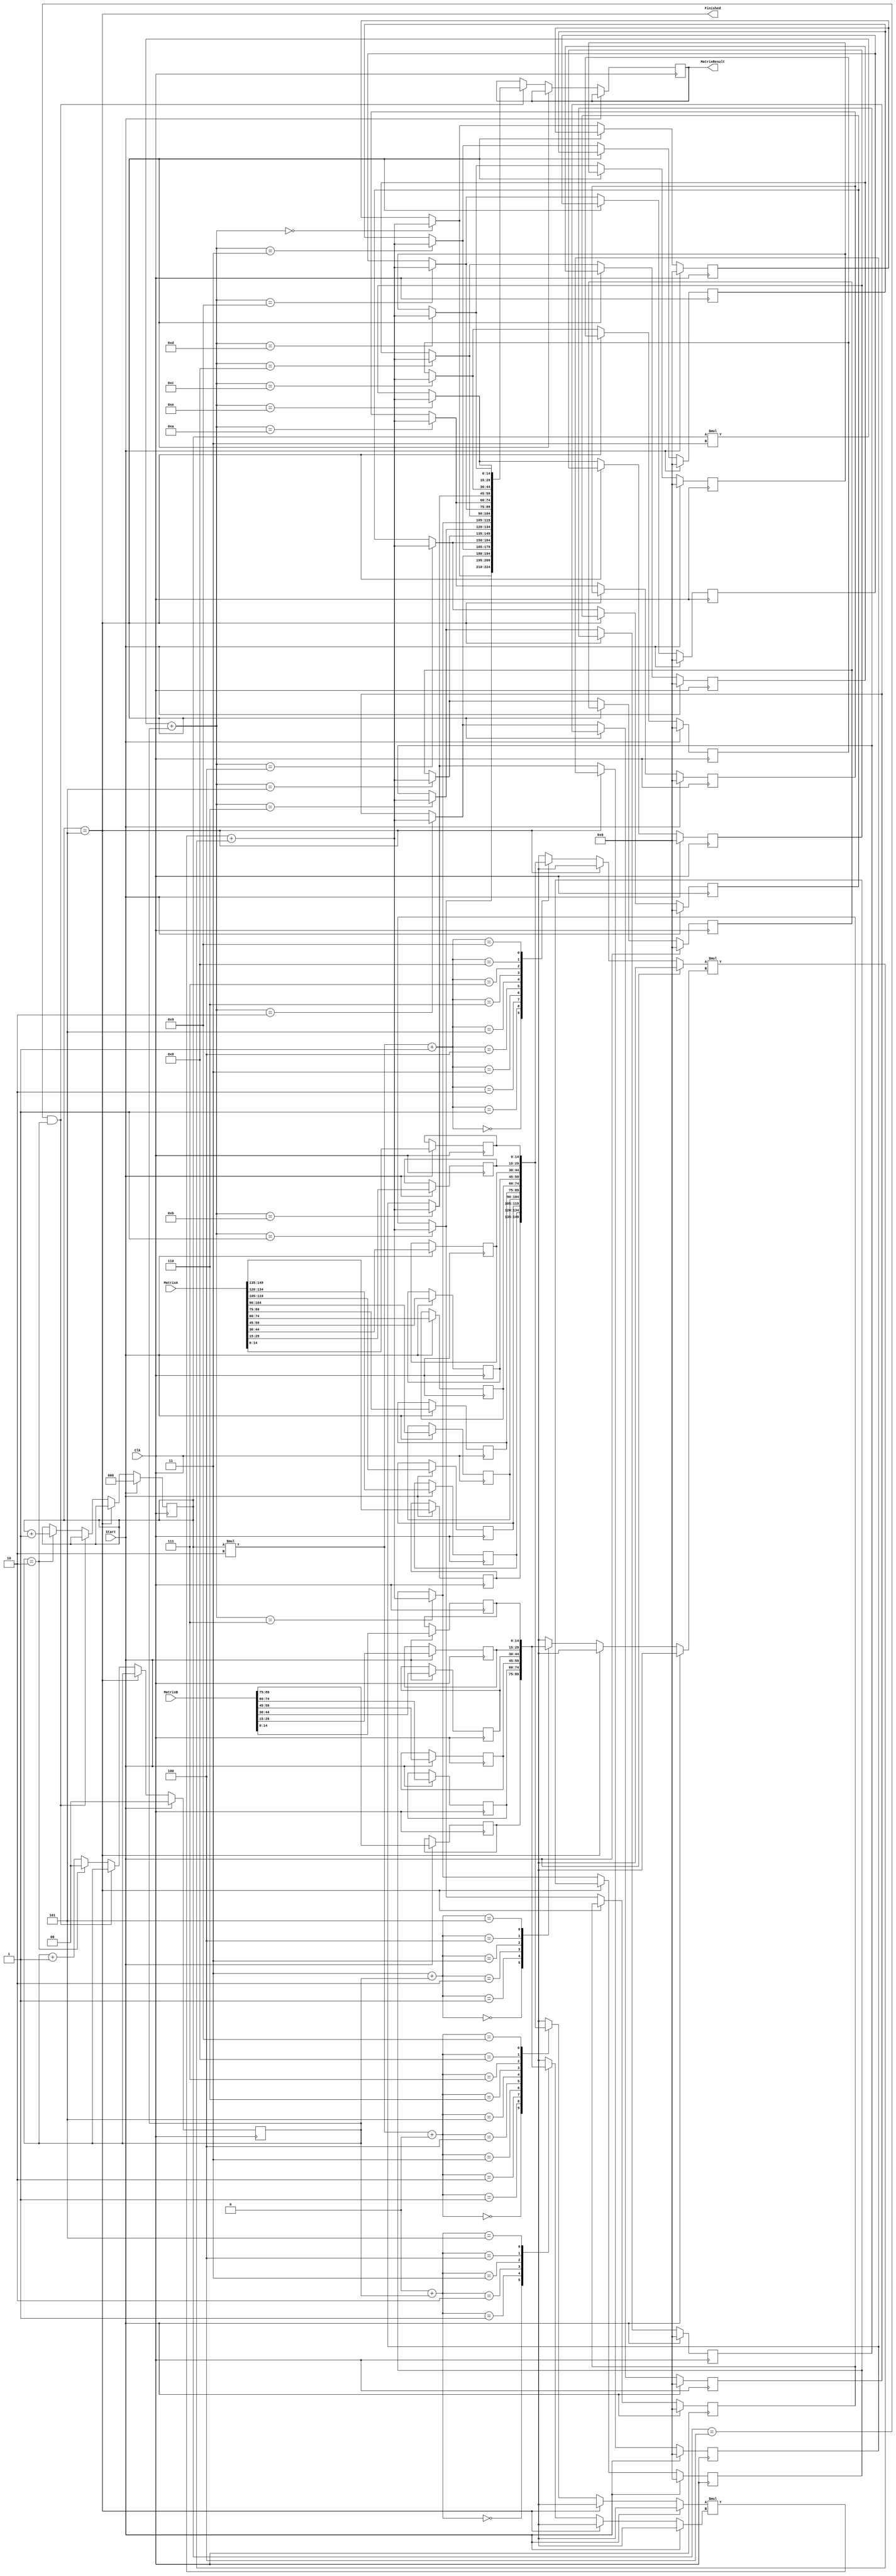
module Iterative(
MatrixResult,
MatrixA,
MatrixB,
Clk,
Start,
Finished
);

output [224:0]MatrixResult; // 5x3(15bits each)
output Finished;

input [149:0]MatrixA; // 5x2(15bits each)
input [89:0]MatrixB; // 2x3(15bits each)
input Clk;
input Start;

reg [224:0]MatrixResult;
reg [14:0] A [4:0][1:0];
reg [14:0] B [1:0][2:0];
reg [14:0] Result [4:0][2:0];

reg [2:0] row;
reg [1:0] col;

assign Finished = (row == 5);

always @(posedge Clk)
begin
if(Start)
begin
row = 0;
col = 0;
{A[0][0], A[0][1], A[1][0], A[1][1], A[2][0], A[2][1], A[3][0], A[3][1], A[4][0], A[4][1]} = MatrixA;
{B[0][0], B[0][1], B[0][2], B[1][0], B[1][1], B[1][2]} = MatrixB;
{Result[0][0], Result[0][1], Result[0][2], Result[1][0], Result[1][1], Result[1][2], Result[2][0], Result[2][1], Result[2][2], Result[3][0], Result[3][1], Result[3][2], Result[4][0], Result[4][1], Result[4][2]} = 225'b0;
end
else if(!Finished)
begin
Result[row][col] = A[row][0] * B[0][col] + A[row][1] * B[1][col];

if (row == 4 && col == 2)
begin
MatrixResult = {Result[0][0], Result[0][1], Result[0][2], Result[1][0], Result[1][1], Result[1][2], Result[2][0], Result[2][1], Result[2][2], Result[3][0], Result[3][1], Result[3][2], Result[4][0], Result[4][1], Result[4][2]};
end
else if (col == 2)
begin
row = row + 1;
col = 0;
end
else
begin
col = col + 1;
end
end

end
endmodule